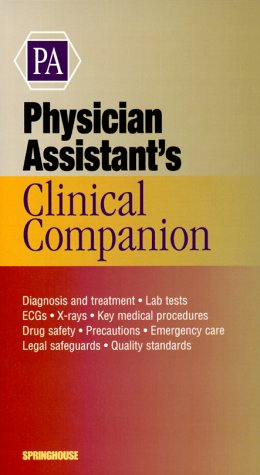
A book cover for Physician Assistant's Clinical Companion (Springhouse Clinical Companion Series); Springhouse; Medical Books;